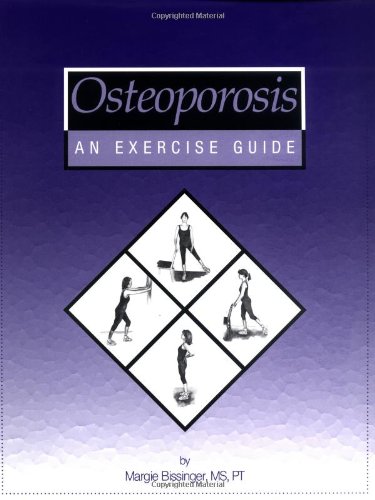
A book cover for Osteoporosis: An Exercise Guide; Margie Bissinger; Health, Fitness & Dieting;